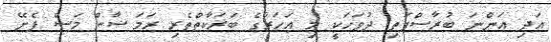
އަދި އަންނަ ބުރާސްފަތި ދުވަހަކީ މި އަހަރުގެ ބަރަކާތްތެރި ރަމަޟާން މަސް ފެށޭ